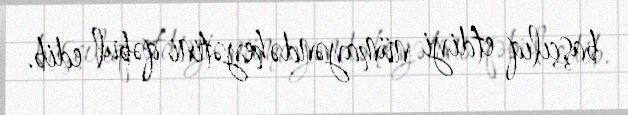
başçılıq etdiyi nümayəndə heyətini qəbul edib.